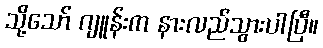
သို့သော် ဂျူန်းက နားလည်သွားပါပြီ။